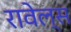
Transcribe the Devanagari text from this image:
रावेल्स